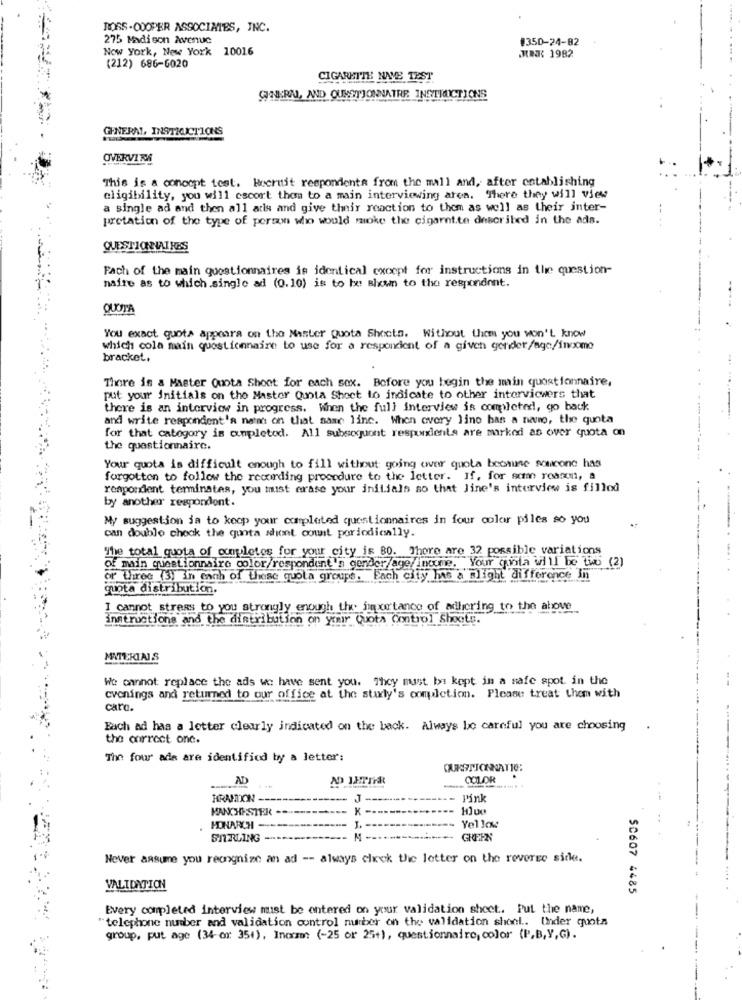
ROSS-COOPER ASSOCIATES, INC.
275 Madison Avenue
#350-24-82
Now York, New York 10016
MEK 1982
(212) 686-6020
CIGARETTE NAVE TEST
GINKERN, AND OUNSTJONNATRE INSTRUCTIONS
GENERM, INSTRUCTIONS
OVERVITA
This is a concept test. Recruit respondenta from the mall and, after establishing
eligibility, you will escort thon to a main interviewing ares. There they will view
a single ad and then all adis and give their reaction to them as well as their inter-
pretation of the type of person who would moke the cigaret.te described in the ads.
QUESTIONNAIRES
Fach of the main questionnaires is identical except for instructions in the question-
naire as to which.single ad (0.10) is to Ix: Blew to the respondent.
QUOTA
You exact quots appears on the Master Quota Sheets. Without them you won't know
which cola main questionnaire to use for a responcient of a given gender/age/income
bracket.
There is a Master Quota Shoot for each sex. Before you begin the main questionnaire,
put your initials on the Master Quota Sheet to indicate to other interviewers that
there is an interview in progress. When the full interview is completed !, go back
and write respondent's name on that same line. When overy line has a name, the quota
for that category is completed. All subsequent respondents are marked as over quota on
the questionnaire.
Your quota is difficult enough to fill without going over quota because souconc has
forgotten to follow the recording procedure to the letter. If, for some reason, a
respondent terminates, you must erase your initials so that Jine's interview is filled
by another respondent.
My suggestion ja to koop your completed questionnaires in four color piles so you
can double check the quota schont count poriodically.
"The total quota of completes for your city is 80. There are 32 possible variations
of main questionnaire color/respondent's gender/age/income. Your quota will be two (2)
or Three (3) In each of these quola groups. Each city has a slight difference In"
quota distribution.
I cannot stress to you strongly enough the importance of adhering to the above
instructions and the distribution on your Quota Control Shoots.
MATERIAIS
We cannot replace the ads we have sent you. They must be kept in a safe spot in the
cvonings and returned to our office at the staly's comdetion. Please treat them with
care.
Each ad has a letter clearly indicated on the back. Always be careful you are choosing
the onrrect onc.
The four ads are identified by a letter:
QUESTIONNAT10:
AD
COLOR
BRANDON
J.
Pink
MANCHESTER --
K -
MONARCH
J.
Yellow
SIRLING
GREEN
Never assume you recognize an ad -- always check the letter on the reverse side.
VALIDATION
SC607 4485
Every completed interview must be entered on your validation sheet. Put the name,
"telephone number and validation control number on the validation shoel .. Under quota
group, put age (34-or: 35+), Incram: (-25 or 25+), questionnaire, color (P.B,Y,G).